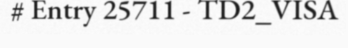
# Entry 25711 - TD2_VISA